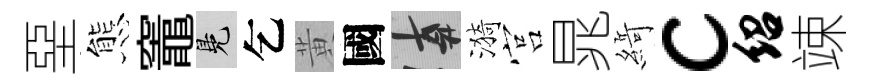
堊態竈鳬乞黄國遲漪宫晁𦂶c绍竦